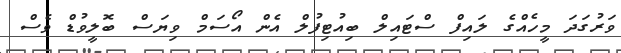
ވަރުގަދަ މީހެއްގެ ލައިފް ސްޓައިލް ބިއުޓިފުލް އެން އޯސަމް ވިޔަސް ބޮލީވުޑް ވެސް